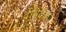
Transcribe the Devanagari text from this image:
देविदेंको